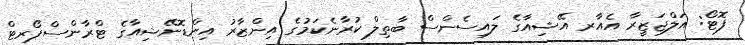
ފޮޓޯ: އަލްޖަޒީރާ އެއާރ އޭޝިއާގެ ލައިސެންސް ބާތިލް ކުރާނެކަމުގެ އިންޒާރު އިންޑޮނޭޝިއާގެ ޓްރާންސްޕޯރޓް